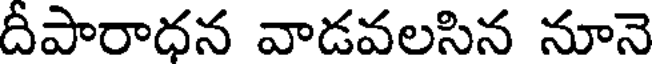
దీపారాధన వాడవలసిన నూనె